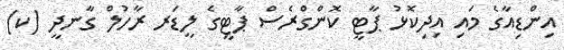
އިންޑިއާގެ މައި އިދިކޮޅު ޕާޓީ ކޮންގްރެސް ޕާޓީގެ ލީޑަރ ރާހުލް ގާނދީ (ކ)